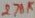
Text: 270K